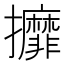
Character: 攠